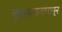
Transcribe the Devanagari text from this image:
कुसुमाग्रजांपासून